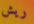
ريش